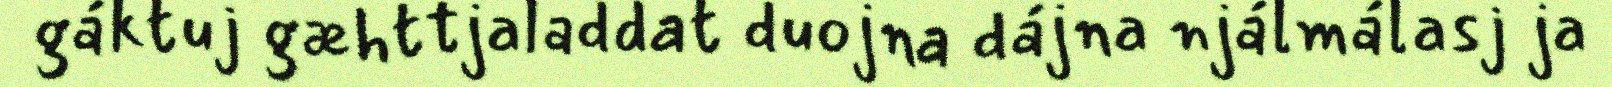
gáktuj gæhttjaladdat duojna dájna njálmálasj ja